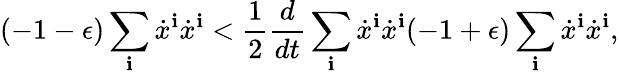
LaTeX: (-1-\epsilon)\sum_{\mathbf{i}}\dot{{x}}^{\mathbf{i}}\dot{{x}}^{\mathbf{i}}<\frac{{1}}{{2}}\frac{{d}}{{dt}}\sum_{\mathbf{i}}\dot{{x}}^{\mathbf{i}}\dot{{x}}^{\mathbf{i}}(-1+\epsilon)\sum_{\mathbf{i}}\dot{{x}}^{\mathbf{i}}\dot{{x}}^{\mathbf{i}},